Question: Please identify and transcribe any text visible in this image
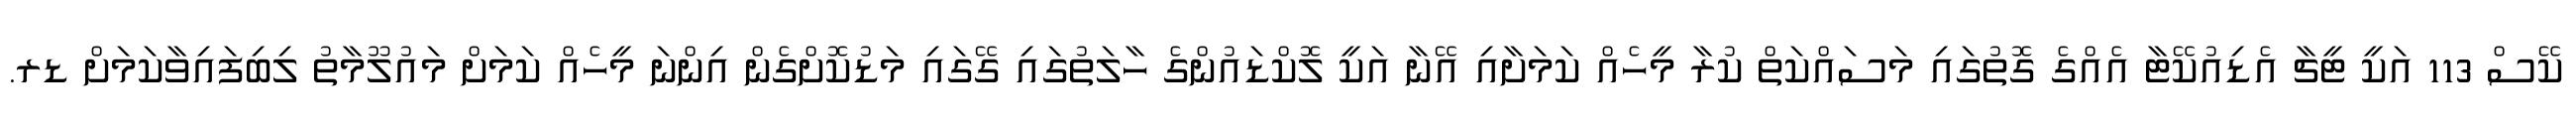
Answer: ކޭސް 113 އަކީ ޓީޗާ އެޑިއުކޭޓާ އެއްގެ ގޮތުގައި މަސައްކަތް ކުރާ މީހެއް ކަމަށާއި އޭނާ އަކީ ލޮކްޑައުންގެ ހާލަތުގައި ގޭގައި މަޑުކޮށްގެން އިންނަ މީހެއް ކަމަށް މައުލޫމާތު ލިބިފައިވާކަމަށް ޑރ.